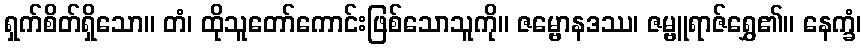
ရှက်စိတ်ရှိသော။ တံ၊ ထိုသူတော်ကောင်းဖြစ်သောသူကို။ ဇမ္ဗောနဒဿ၊ ဇမ္ဗူရာဇ်ရွှေ၏။ နေက္ခံ၊